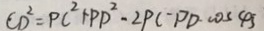
C D ^ { 2 } = P C ^ { 2 } + P D ^ { 2 } - 2 P C - P D \cdot \cos 4 5